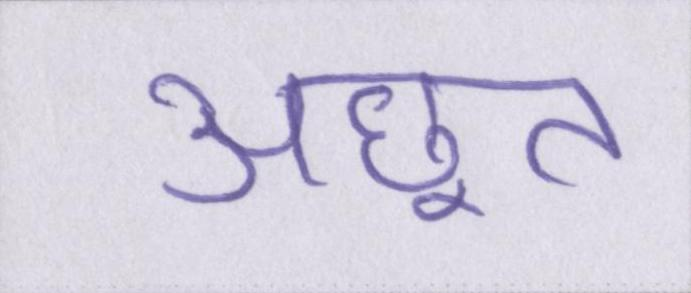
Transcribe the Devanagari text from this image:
अछूत